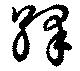
繹